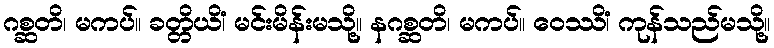
ဂစ္ဆတိ၊ မကပ်။ ခတ္တိယိံ၊ မင်းမိန်းမသို့။ နဂစ္ဆတိ၊ မကပ်။ ဝေဿိံ၊ ကုန်သည်မသို့။